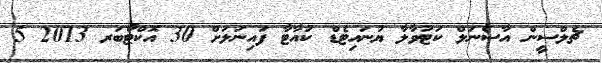
ޗެލްސީން އާސެނަލް ކަޓުވާލާ ޔުނައިޓެޑް ކުއާޓާ ފައިނަލަށް 30 އޮކްޓޯބަރ 2013 5